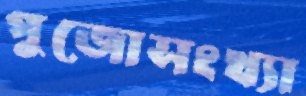
পুজোসংখ্যা